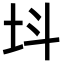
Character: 㘰